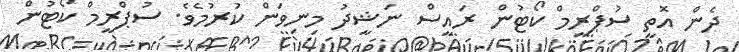
ދެން އޮތީ ސުޕްރީމް ކޯޓުން ރައީސް ނަޝީދު މިނިވަން ކުރުމެވެ. ސުޕްރީމް ކޯޓުން